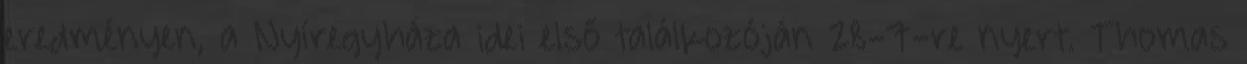
eredményen, a Nyíregyháza idei első találkozóján 28-7-re nyert. Thomas